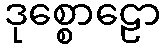
ဒုစ္စောဠော